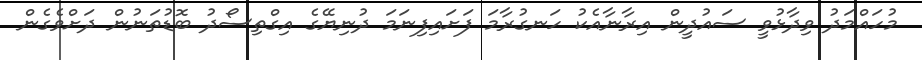
މުހައްމަދު ވިދާޅުވީ ސައުދީން އިރާނާއެކު ހަނގުރާމަ ފަށައިފިނަމަ ދުނިޔޭގެ އިގްތިސޯދު ބޮޑުތަނުން ދަށްވެގެން